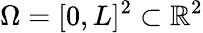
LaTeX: \Omega=[0,L]^{2}\subset\mathbb{R}^{2}